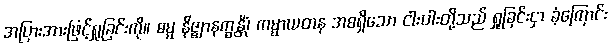
အပြားအားဖြင့်ရှုခြင်းကို။ ဓမ္မ နိဇ္ဈာနက္ခန္တိံ၊ ကမ္မာယတန အစရှိသော ငါးပါးတို့သည် ရှုခြင်းငှာ ခံ့ကြောင်း